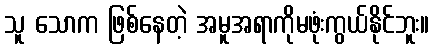
သူ သောက ဖြစ်နေတဲ့ အမူအရာကိုမဖုံးကွယ်နိုင်ဘူး။